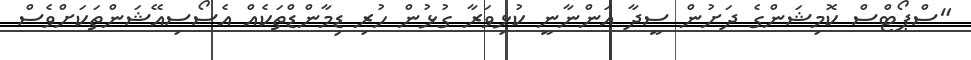
"ސްޕޯޓްސް ކޮމިޝަންގެ ދަށުން ސީދާ އަންނާނީ ކުޅިވަރާ ގުޅުން ހުރި ޑިމާންޑްތަކެއް އެސޯސިއޭޝަންތަކަށްވެސް